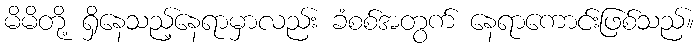
မိမိတို့ ရှိနေသည့်နေရာမှာလည်း ခံစစ်အတွက် နေရာကောင်းဖြစ်သည်။